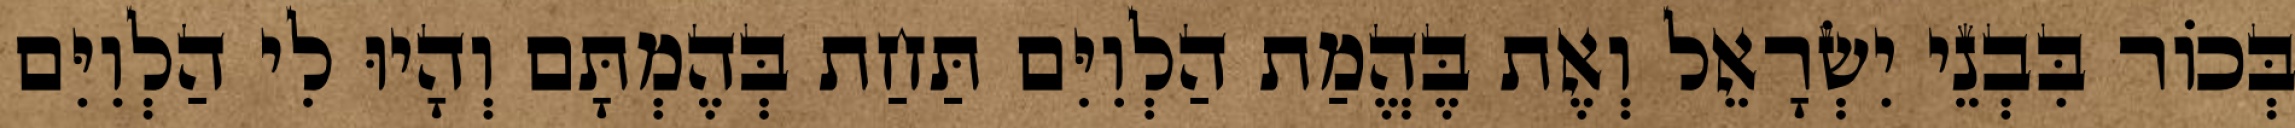
בְּכוֹר בִּבְנֵי יִשְׂרָאֵל וְאֶת בֶּהֱמַת הַלְוִיִּם תַּחַת בְּהֶמְתָּם וְהָיוּ לִי הַלְוִיִּם